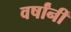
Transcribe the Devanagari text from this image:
वर्षांनीं